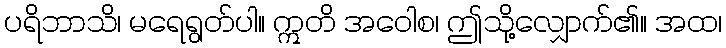
ပရိဘာသိ၊ မရေရွတ်ပါ။ ဣတိ အဝေါစ၊ ဤသို့လျှောက်၏။ အထ၊